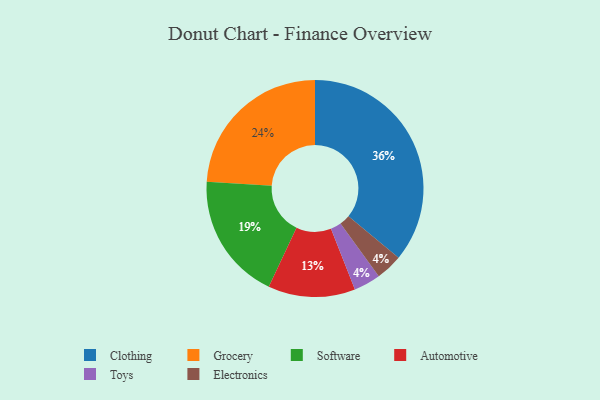
{"axis": {"x": "Category", "y": "Percentage"}, "legend": ["Automotive", "Clothing", "Electronics", "Grocery", "Software", "Toys"], "data": [{"x": "Automotive", "y": 13, "type": "Automotive"}, {"x": "Toys", "y": 4, "type": "Toys"}, {"x": "Electronics", "y": 4, "type": "Electronics"}, {"x": "Grocery", "y": 24, "type": "Grocery"}, {"x": "Software", "y": 19, "type": "Software"}, {"x": "Clothing", "y": 36, "type": "Clothing"}]}